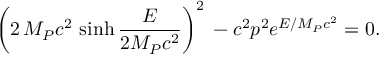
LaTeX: \left( 2 \, { \cal M } _ { P } c ^ { 2 } \, \sinh \frac { E } { 2 { \cal M } _ { P } c ^ { 2 } } \right) ^ { 2 } \, - c ^ { 2 } p ^ { 2 } e ^ { E / { \cal M } _ { P } c ^ { 2 } } = 0 .